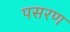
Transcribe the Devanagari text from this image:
पसरण